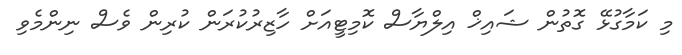
މި ކަމާގުޅޭ ގޮތުން ޝައިޚް އިލްޔާސް ކޮމިޓީއަށް ހާޒިރުކުރަން ކުރިން ވެސް ނިންމެވި